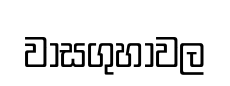
වාසගුහාවල